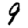
Digit: 9